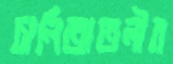
চালিতাতলীর